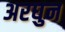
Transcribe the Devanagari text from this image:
अरघुन